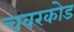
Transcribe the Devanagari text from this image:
चवरकोड